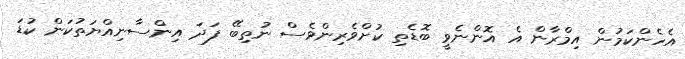
އެހެންކަމުން އިމްރާން އެ އޮންނެވީ ބޮޑެތި ކުށްވެރިންވެސް ނުތިބޭ ފަދަ އިންސާނިއްޔަތުކަން ކުޑަ